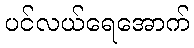
ပင်လယ်ရေအောက်